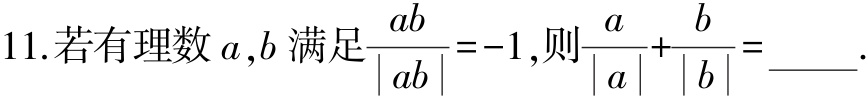
11.若有理数\(a,b\)满足\(\frac{ab}{|ab|} = - 1\)，则\(\frac{a}{|a|}+\frac{b}{|b|}=\)____.